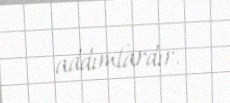
addımlardır.